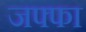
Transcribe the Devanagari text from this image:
जफ्फा